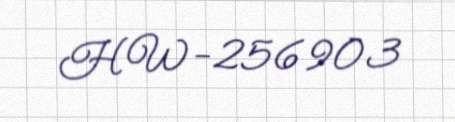
HW-256903